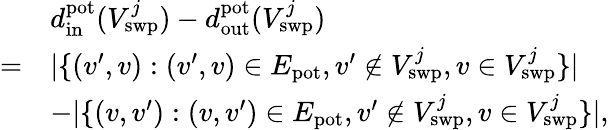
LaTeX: \begin{array}{rl}&{d_{\mathrm{in}}^{\mathrm{pot}}(V_{\mathrm{swp}}^{j})-d_{\mathrm{out}}^{\mathrm{pot}}(V_{\mathrm{swp}}^{j})}\\ {=}&{|\{ (v^{\prime},v):(v^{\prime},v)\in E_{\mathrm{pot}},v^{\prime}\notin V_{\mathrm{swp}}^{j},v\in V_{\mathrm{swp}}^{j}\} |}\\ &{-|\{ (v,v^{\prime}):(v,v^{\prime})\in E_{\mathrm{pot}},v^{\prime}\notin V_{\mathrm{swp}}^{j},v\in V_{\mathrm{swp}}^{j}\} |,}\end{array}